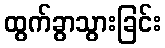
ထွက်ခွာသွားခြင်း